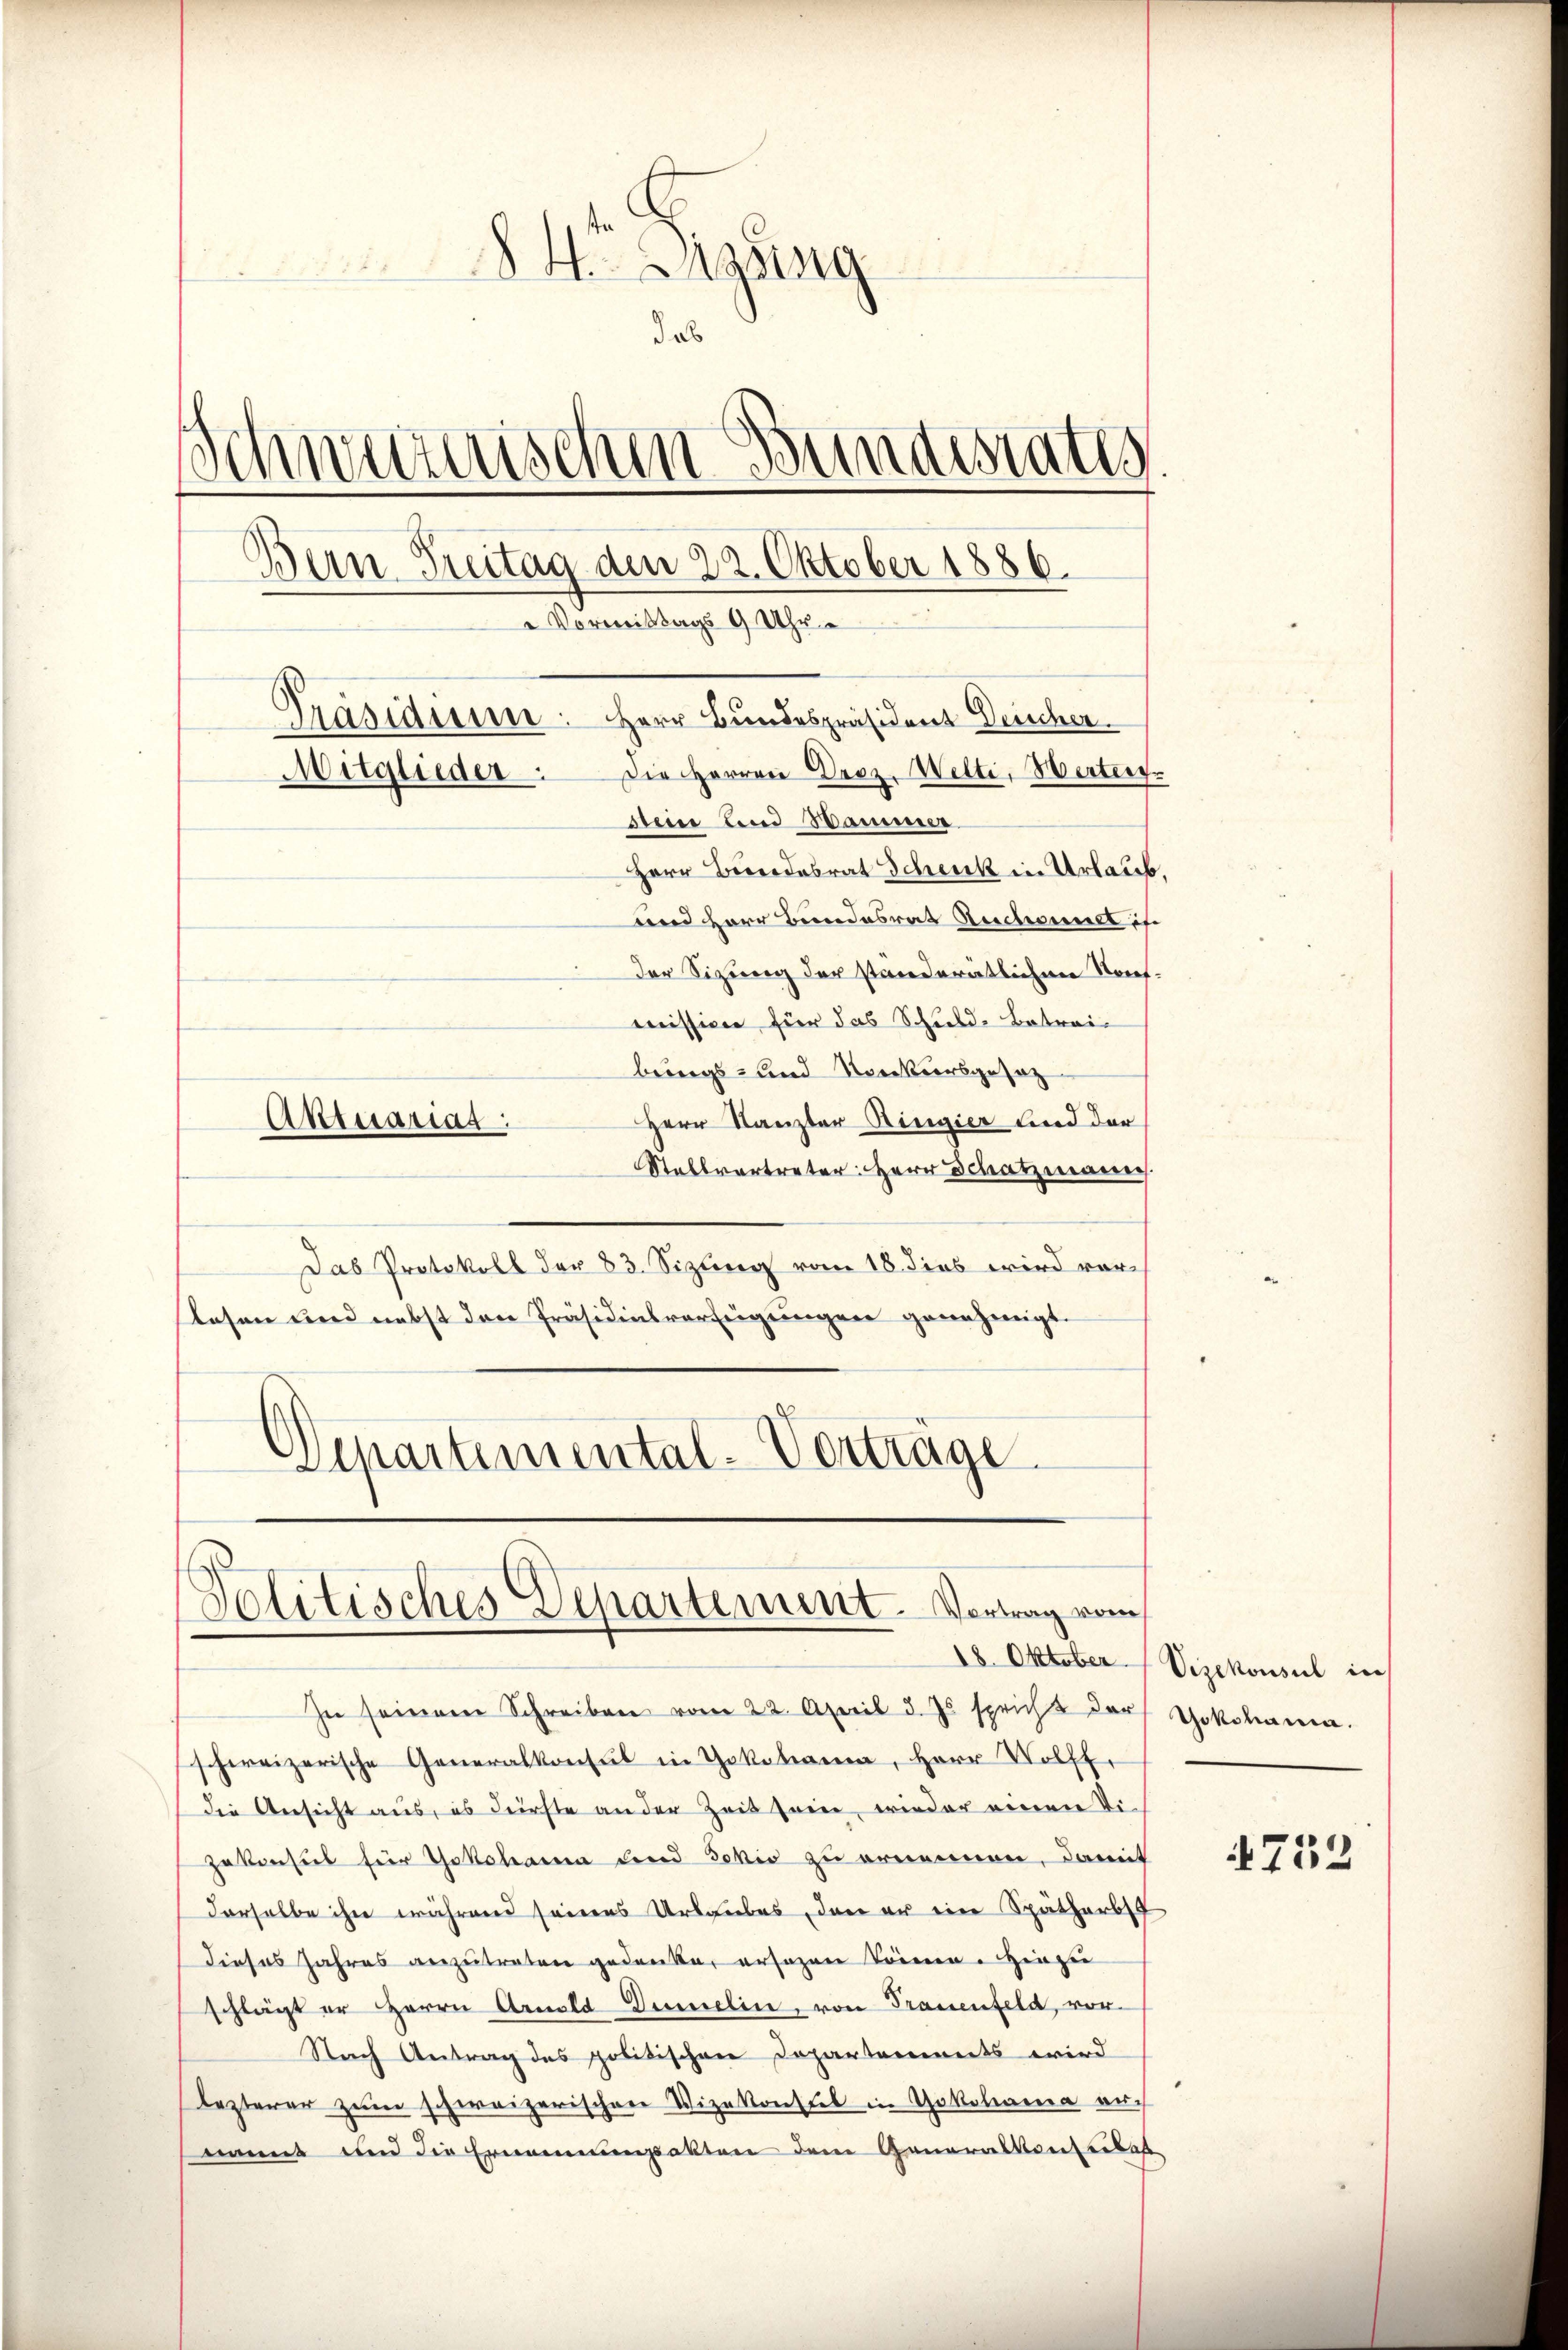
84. Legung
das
Schweizeris
am Bundestates
Bern Freitag den 22. Oktober 1886.
 Vormittags 9 Uhr
Präsidisse: Herr Bundespräsident Deicher
Die Herren Droz. Welti, Werteig.
Mitglieder.
seine und Hammer
Herr Brodesrat Schenk in Urlaub,
und Herr Bundesrat Ruchswelt is
Der Sitzung der standerätlichen Sonet-
mission für das Schuld-Betrei¬

brings- und Norkursgesetz
Herr Stanzler Ringier und der
Stallvertreter: Herr Schatzmannes.
Das Protokoll der 83. Sizling vom 18. dies wird vor-
slesen und nebst den Präsidialverfeigungen genehmigt.
Schartemental-Vortrage

Aktuariag

Politisches Departement. Vortrag vom

In seinem Schreiben vom 22. April d. Js. spricht darf Yokohama.
schweizerische Generalkonsul in Gokohama, Herr Wolff.
die Ansicht aus, es dürfte an der Zeit sein, wieder einen Tizekonsul für Yokohama und Schiv zu ernennen, damit
derselbe ihn während seines Urlaubes, den er ein Spätherbst
Dieses Jahres anzutreten gedanke, ersagen können. Hinzu
schlägt er Herrn Arnold Demelin, von Trauenfeld, vor¬
Nach Antrag des politischen Departements wird
lezterer zum schweizerischen Vizekonsul in Yokohama auc
nannt und die Ernennungsakten dem Generalkonseitet

18. Oktober Vizekonsul in

4733